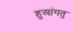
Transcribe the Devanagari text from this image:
हुआंगतु